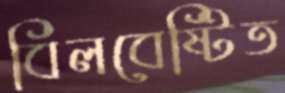
বিলবেষ্টিত